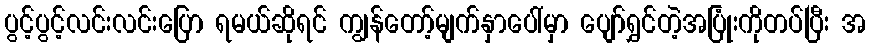
ပွင့်ပွင့်လင်းလင်းပြော ရမယ်ဆိုရင် ကျွန်တော့်မျက်နှာပေါ်မှာ ပျော်ရွှင်တဲ့အပြုံးကိုတပ်ပြီး အ